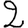
Digit: 2